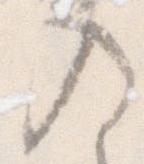
入